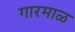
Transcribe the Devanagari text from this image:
गारमाळ